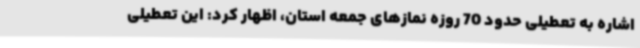
اشاره به تعطیلی حدود 70 روزه نمازهای جمعه استان، اظهار کرد: این تعطیلی